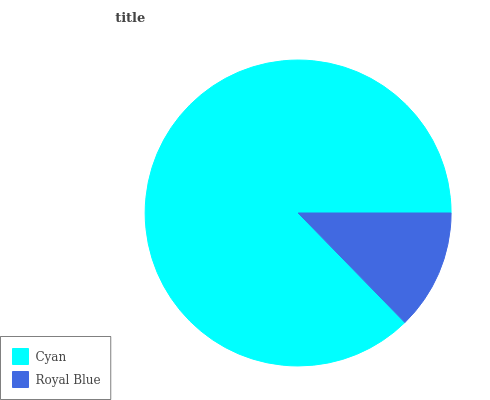
| Cyan | Royal Blue |
 | --- | --- |
 | 87.3% | 12.7% |